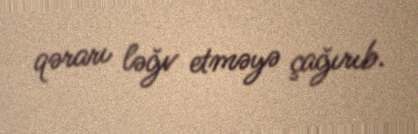
qərarı ləğv etməyə çağırıb.